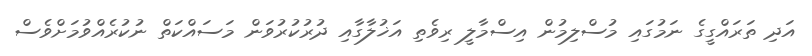
އަދި ތަރައްގީގެ ނަމުގައި މުސްލިމުން އިސްމާލީ ރިވެތި އަޚުލާގާއި ދުރުކުރުވަން މަސައްކަތް ނުކުރެއްވުމަށްވެސް